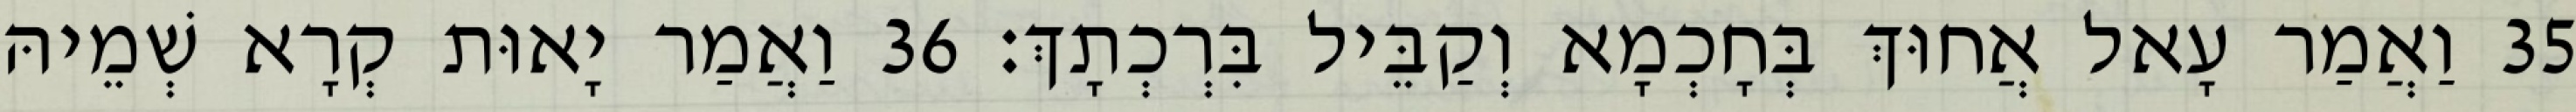
35 וַאֲמַר עָאל אֲחוּךְ בְּחָכְמָא וְקַבֵּיל בִּרְכְתָךְ׃ 36 וַאֲמַר יָאוּת קְרָא שְׁמֵיהּ